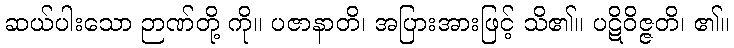
ဆယ်ပါးသော ဉာဏ်တို့ ကို။ ပဇာနာတိ၊ အပြားအားဖြင့် သိ၏။ ပဋိဝိဇ္ဇတိ၊ ၏။